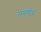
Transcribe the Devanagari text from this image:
मनवोध